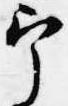
宰